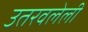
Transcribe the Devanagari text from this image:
उतरवलेली